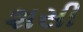
શસી